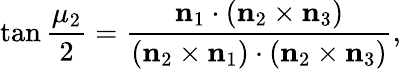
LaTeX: \tan{\frac{\mu_{2}}2}=\frac{\mathbf{n}_{1}\cdot(\mathbf{n}_{2}\times\mathbf{n}_{3})}{(\mathbf{n}_{2}\times\mathbf{n}_{1})\cdot(\mathbf{n}_{2}\times\mathbf{n}_{3})},